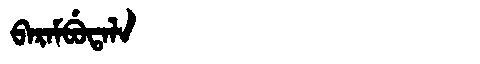
Manchu: ᠪᠠᡵᠠᠮᠪᡠᡨᠠᠯᠠ
Romanization: BARAMBUTALA